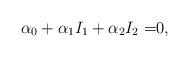
LaTeX: \begin{align*}\alpha_0 +\alpha_1 I_1+\alpha_2 I_2=&0,\end{align*}